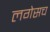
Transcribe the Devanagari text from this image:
लगेसच